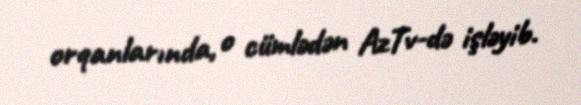
orqanlarında, o cümlədən AzTv-də işləyib.